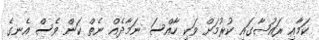
ކަމާއި ރައުޟާގައި ކުރުމަށް ވަކި ހާއްސަ ނަމާދެއް ނެތް ކަން ވެސް އެނގެ